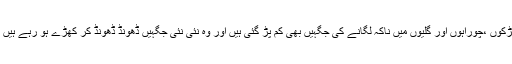
آپ کو دیکھ کر حیرت ہوگی کہ ٹریفک پولیس کو چالان کرنے کے لئے سڑکوں ،چوراہوں اور گلیوں میں ناکہ لگانے کی جگہیں بھی کم پڑ گئی ہیں اور وہ نئی نئی جگہیں ڈھونڈ ڈھونڈ کر کھڑے ہو رہے ہیں تا کہ چالان کے بہانے کراچی کی عوام کو جس قدر لوٹا جا سکے لوٹ لیں۔